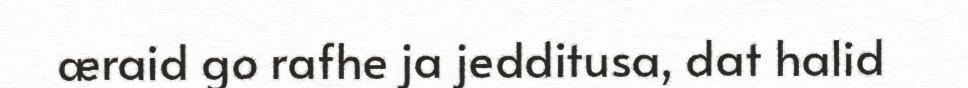
æraid go rafhe ja jedditusa, dat halid